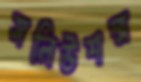
সলিউশন্স